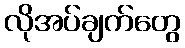
လိုအပ်ချက်တွေ